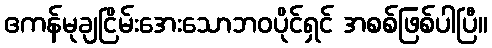
ဧကန်မုချငြိမ်းအေးသောဘဝပိုင်ရှင် အစစ်ဖြစ်ပါပြီ။